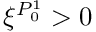
\xi ^ { P _ { 0 } ^ { 1 } } > 0